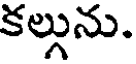
కల్గును.